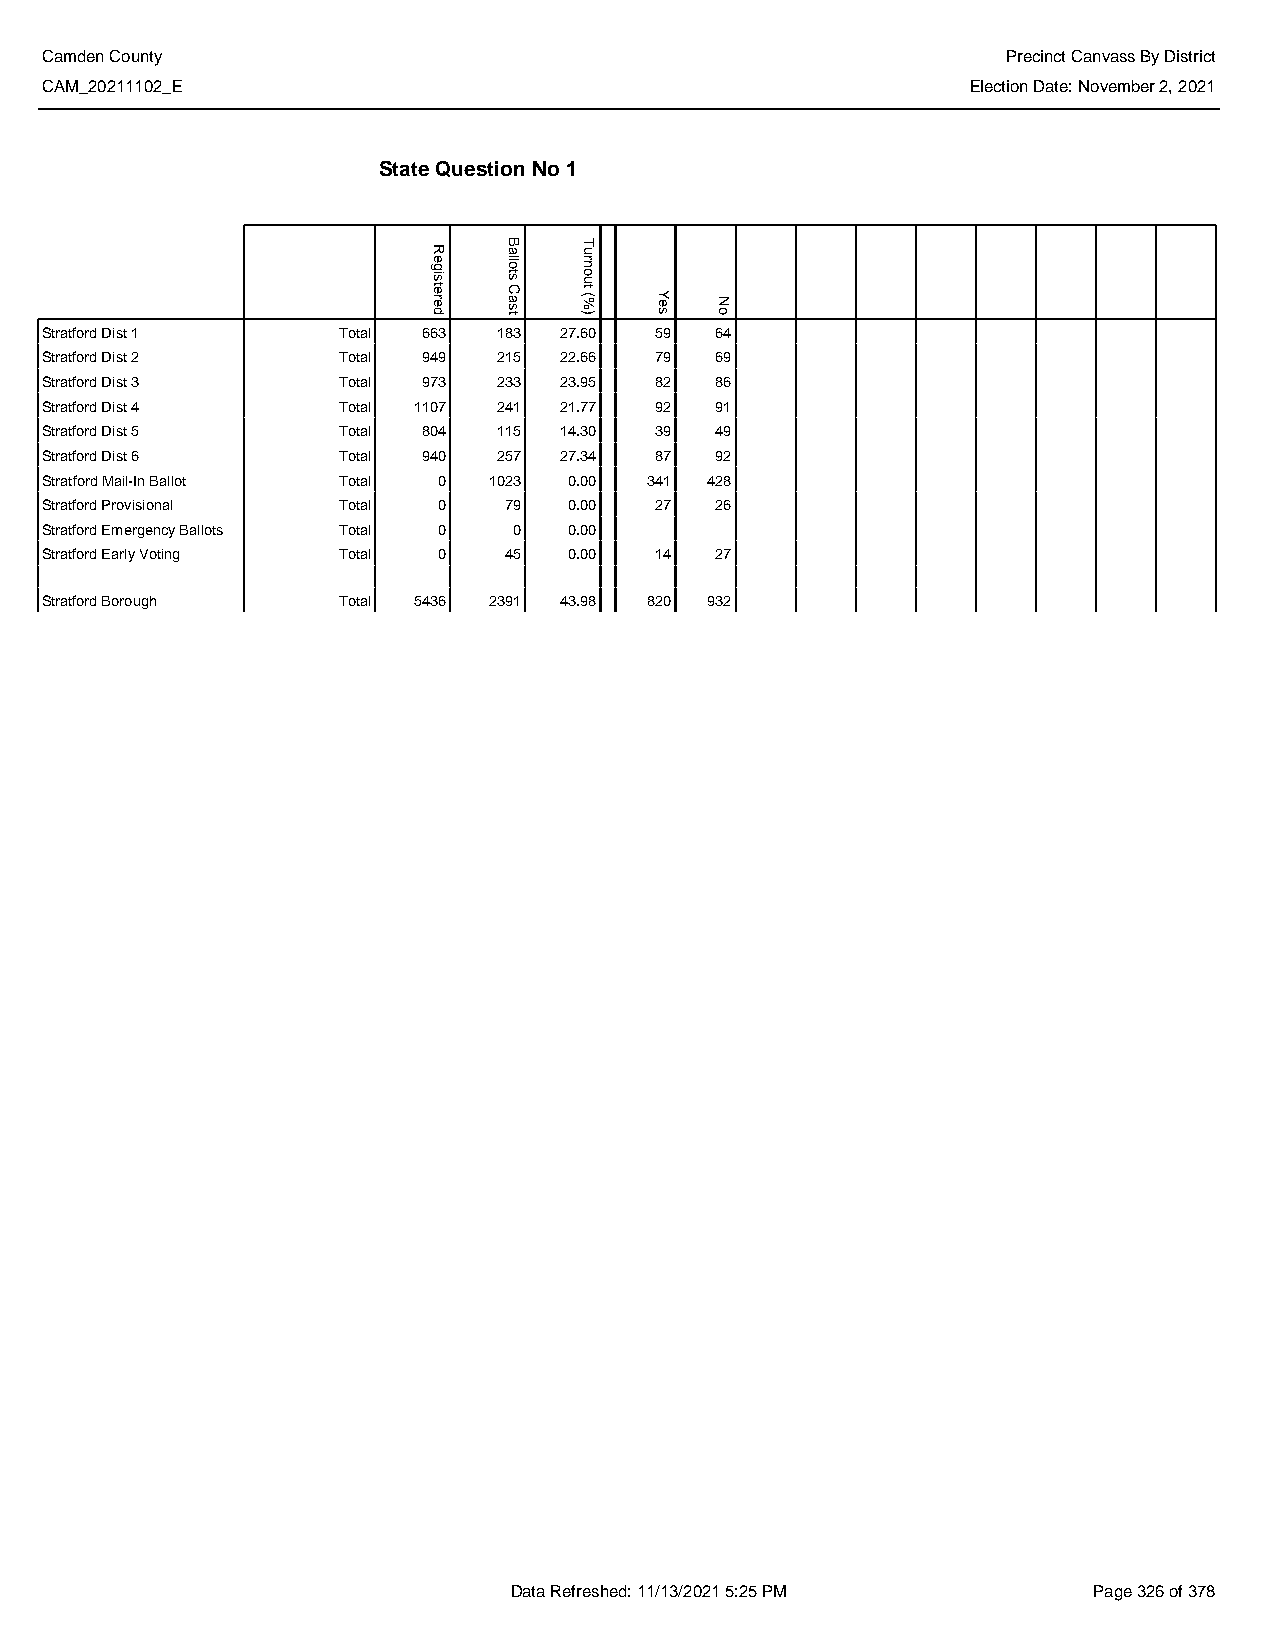
Camden County                                                   Precinct Canvass By District
 CAM_20211102_E                                               Election Date: November 2, 2021
 State Question No 1
 Stratford Dist 1   Total 663  183 27.60 59  64
 Stratford Dist 2   Total 949  215 22.66 79  69
 Stratford Dist 3   Total 973  233 23.95 82  86
 Stratford Dist 4   Total 1107 241 21.77 92  91
 Stratford Dist 5   Total 804  115 14.30 39  49
 Stratford Dist 6   Total 940  257 27.34 87  92
 Stratford Mail-In Ballot Total 0 1023 0.00 341 428
 Stratford Provisional Total 0 79   0.00 27  26
 Stratford Emergency Ballots Total 0 0 0.00
 Stratford Early Voting Total 0 45  0.00 14  27
 Stratford Borough  Total 5436 2391 43.98 820 932
 Data Refreshed: 11/13/2021 5:25 PM    Page 326 of 378
 Registered
 Ballots
 Cast
 Turnout
 (%)  Yes No